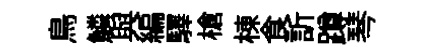
鳥鱗與編驛槍棟食訢蹲琴